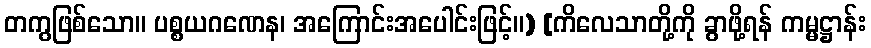
တကွဖြစ်သော။ ပစ္စယဂဏေန၊ အကြောင်းအပေါင်းဖြင့်။) [ကိလေသာတို့ကို ခွာဖို့ရန် ကမ္မဋ္ဌာန်း